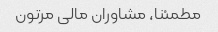
مطمئنا، مشاوران مالی مرتون